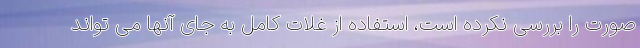
صورت را بررسی نکرده است، استفاده از غلات کامل به جای آنها می تواند